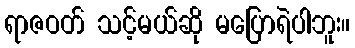
ရာဇဝတ် သင့်မယ်ဆို မပြောရဲပါဘူး။